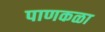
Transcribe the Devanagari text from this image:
पाणकळा